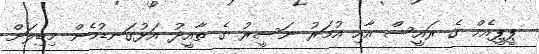
ޕީޕީއެމް ގެ ރައީސް އާއި އުމަރު ނަސީރު ގެ ތާއީދު އަޅުގަނޑުމެން މިބިލަށް